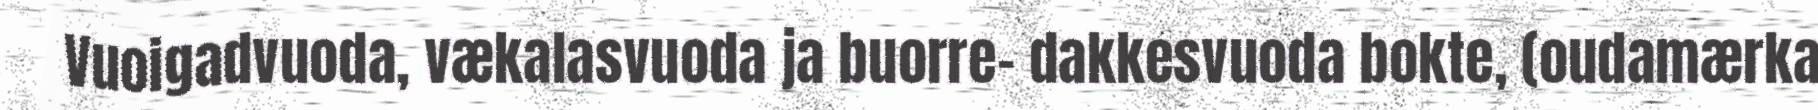
Vuoigadvuoda, vækalasvuoda ja buorre- dakkesvuoda bokte, (oudamærka